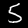
Digit: 5